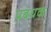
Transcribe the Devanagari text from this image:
प्रबधक